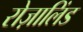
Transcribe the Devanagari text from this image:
रोज़ालिंड